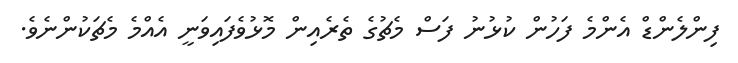
ފިންލެންޑް އެންމެ ފަހުން ކުޅުނު ފަސް މެޗުގެ ތެރެއިން މޮޅުވެފައިވަނީ އެއްމެ މެޗަކުންނެވެ.